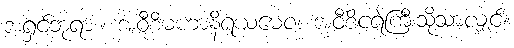
အရှင်ဘုရား။ အဝီစိမဟာနိရယမေဝ၊ အဝီစိငရဲကြီးသို့သာလျှင်။